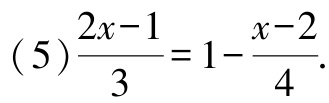
\((5)\frac{2x - 1}{3}=1-\frac{x - 2}{4}\)